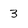
Character: 3